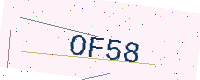
Text: OF58